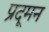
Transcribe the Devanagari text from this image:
प्रदूमन